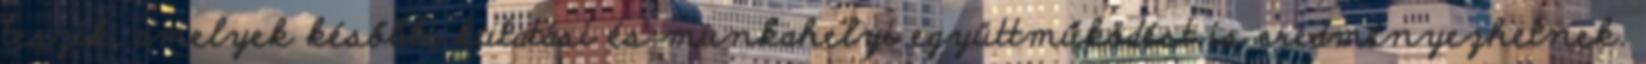
teszik, amelyek későbbi kutatási és munkahelyi együttműködést is eredményezhetnek.